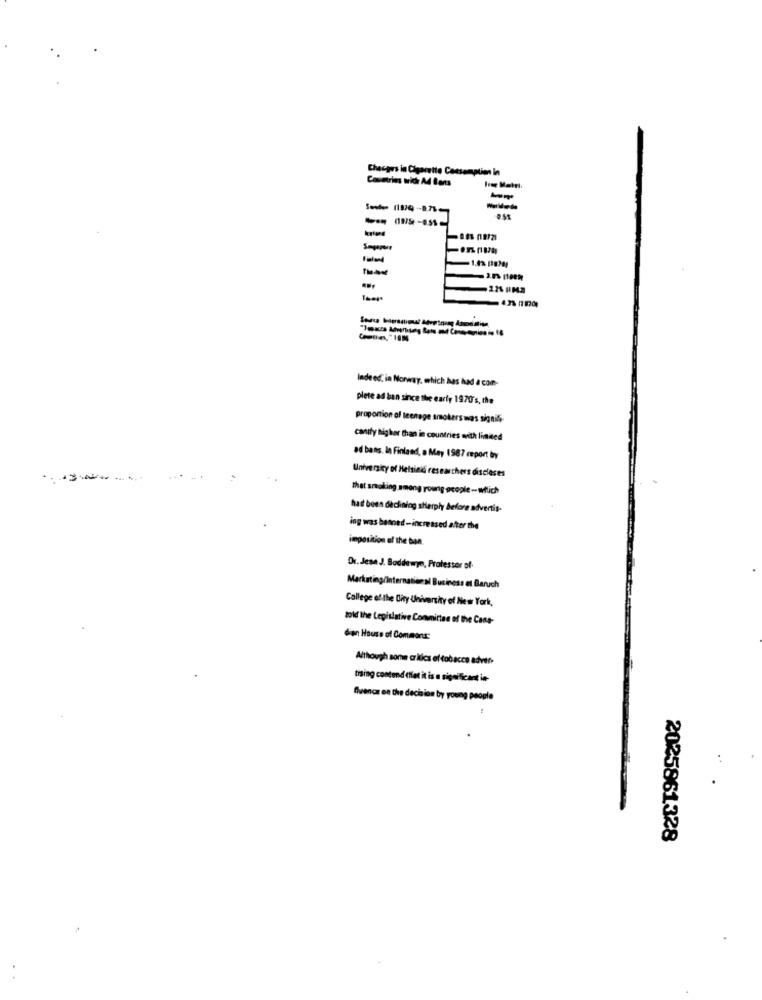
Checpus in Cigarette Consumption in
Countries widr Ad Bants
0.51
Indeed in Norway, which has had a con-
plete ad ban since the early 1970's, the
proportion of teenage smokers was signit-
canity higher than in countries with limited
ad bans. In Finland, a May 1987 report by
-------
University of Helsinki researchers discloses
That smoking.among young ocople - wilich
had been declining sharply before advertis-
ing was banned-increased after the
imposition of the ban.
Dr. Jese J. Boddewyn, Professor of
Marketing/International Business et Baruch
College of the City University of New York,
told the Legislative Convicted of the Case-
dien House of Commons:
Although some cr kcs of tobacco advet-
tising contund tiet it is a significant in
fluence on the decision by young people
-
2025861328